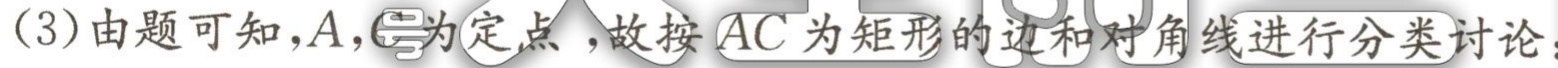
(3)由题可知，\(A\)，\(C\)为定点 ，故按 \(AC\)为矩形的边和对角线进行分类讨论：